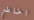
اخاطر